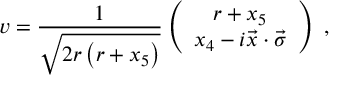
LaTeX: v = \frac { 1 } { \sqrt { 2 r \left( r + x _ { 5 } \right) } } \left( \begin{array} { c } { { r + x _ { 5 } } } \\ { { x _ { 4 } - i \vec { x } \cdot \vec { \sigma } } } \end{array} \right) \; ,